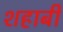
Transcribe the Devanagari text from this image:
शहाबी